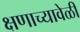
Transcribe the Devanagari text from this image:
क्षणाच्यावेळी